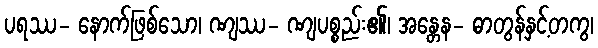
ပရဿ- နောက်ဖြစ်သော၊ ဏျဿ- ဏျပစ္စည်း၏၊ အန္တေန- ဓာတွန်နှင့်တကွ၊